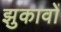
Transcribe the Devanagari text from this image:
झुकावों